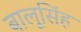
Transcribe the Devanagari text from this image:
बालूसिंह